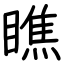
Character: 瞧